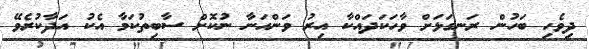
ދިވެހި ބަހުން ރަނގަޅަށް ވާހަކަދައްކާ އިރު ވަންހަނާ ނުކޮށް ސާބިތުކަމާ އެކު އަދާކުރެވޭ